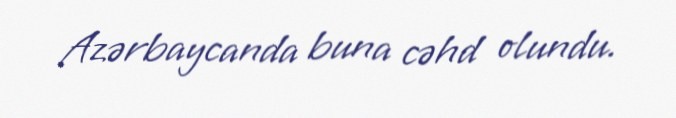
Azərbaycanda buna cəhd olundu.